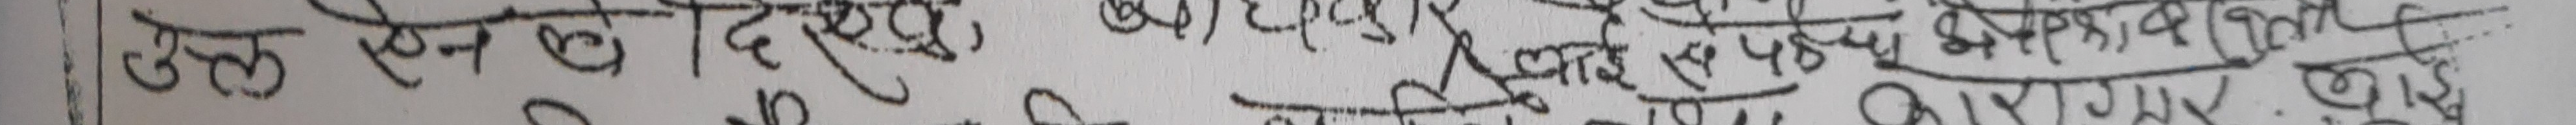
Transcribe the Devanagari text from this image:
उल लेख दिशहरहे, लाईसेन्स लिई यसका लागि आवश्यक कागजात